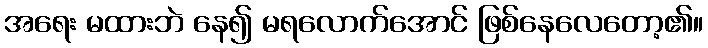
အရေး မထားဘဲ နေ၍ မရလောက်အောင် ဖြစ်နေလေတော့၏။